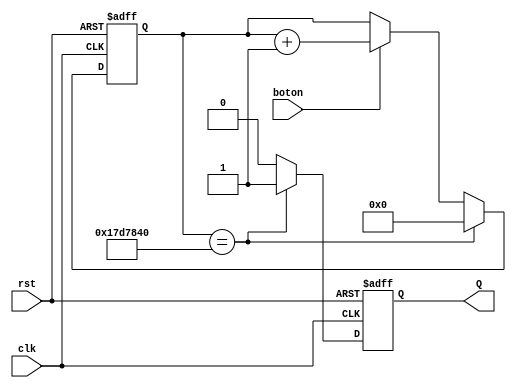
`timescale 1ns / 1ps
//////////////////////////////////////////////////////////////////////////////////
// Company: 
// Engineer: 
// 
// Design Name: 
// Module Name:    RefreshCounte500ms 
// Project Name: 
// Target Devices: 
// Tool versions: 
// Description: 
//
// Dependencies: 
//
// Revision: 
// Revision 0.01 - File Created
// Additional Comments: 
//
//////////////////////////////////////////////////////////////////////////////////
module RefreshCounte500ms(clk, rst, Q, boton);
	input wire clk, rst, boton;
	output reg Q;
	reg [24:0] Cout;

always@(posedge clk or posedge rst)
		if(rst)
		begin 
			Cout = 25'd0;
			Q = 1'b0;
		end
				
		else if(Cout == 25'd25000000)
		begin 
			Cout = 25'd0;
			Q = 1'b1;
		end
			
		else if (boton)
		
		begin 
			Cout = Cout + 25'd1;
			Q = 1'b0;
		end
		
		else
		begin
			Cout = Cout;
			Q = 1'b0;
		end
endmodule